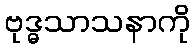
ဗုဒ္ဓသာသနာကို